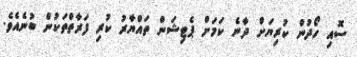
ސޮއި ހޯދުން ކުރިޔަށް ދާނެ ކަމަށް ޕެޓިޝަން ތައްޔާރު ކުރި ފަރާތްތަކުން ބުނެއެވެ.